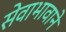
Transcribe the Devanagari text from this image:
सेवाभावाने